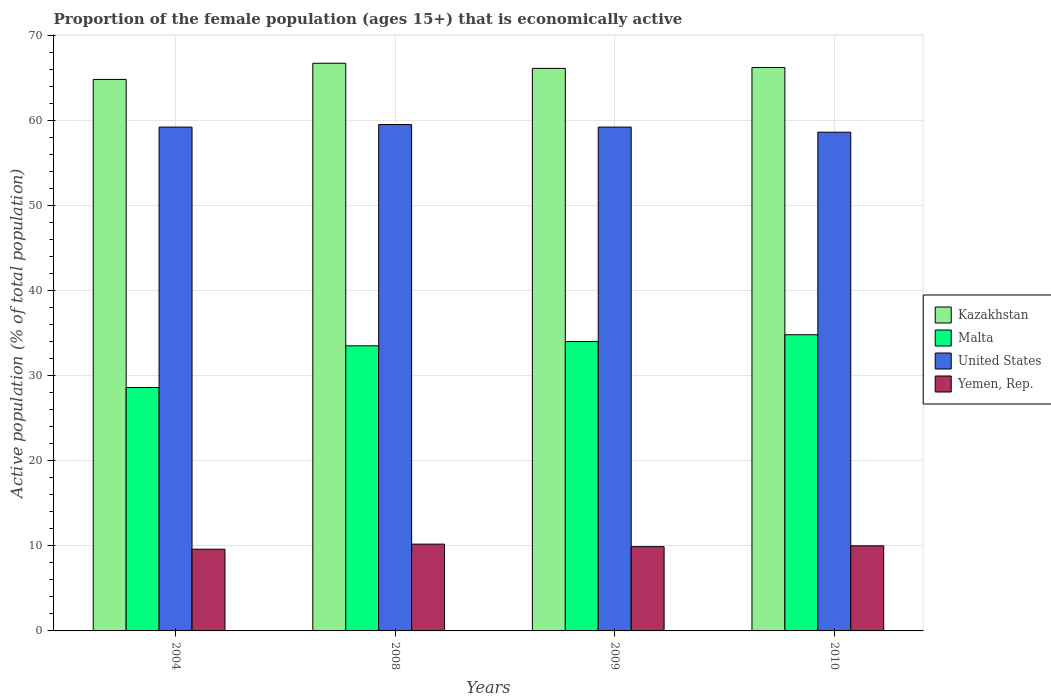
| Years | Kazakhstan | Malta | United States | Yemen, Rep. |
 | --- | --- | --- | --- | --- |
 | 2004 | 64.8 | 28.6 | 59.2 | 9.6 |
 | 2008 | 66.7 | 33.5 | 59.5 | 10.2 |
 | 2009 | 66.1 | 34 | 59.2 | 9.9 |
 | 2010 | 66.2 | 34.8 | 58.6 | 10 |